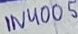
Text: 1N4005